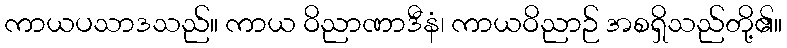
ကာယပသာဒသည်။ ကာယ ဝိညာဏာဒီနံ၊ ကာယဝိညာဉ် အစရှိသည်တို့၏။